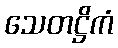
သေတဋ္ဌိကံ